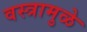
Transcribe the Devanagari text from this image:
वस्त्रामुळे